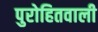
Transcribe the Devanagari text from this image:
पुरोहितवाली